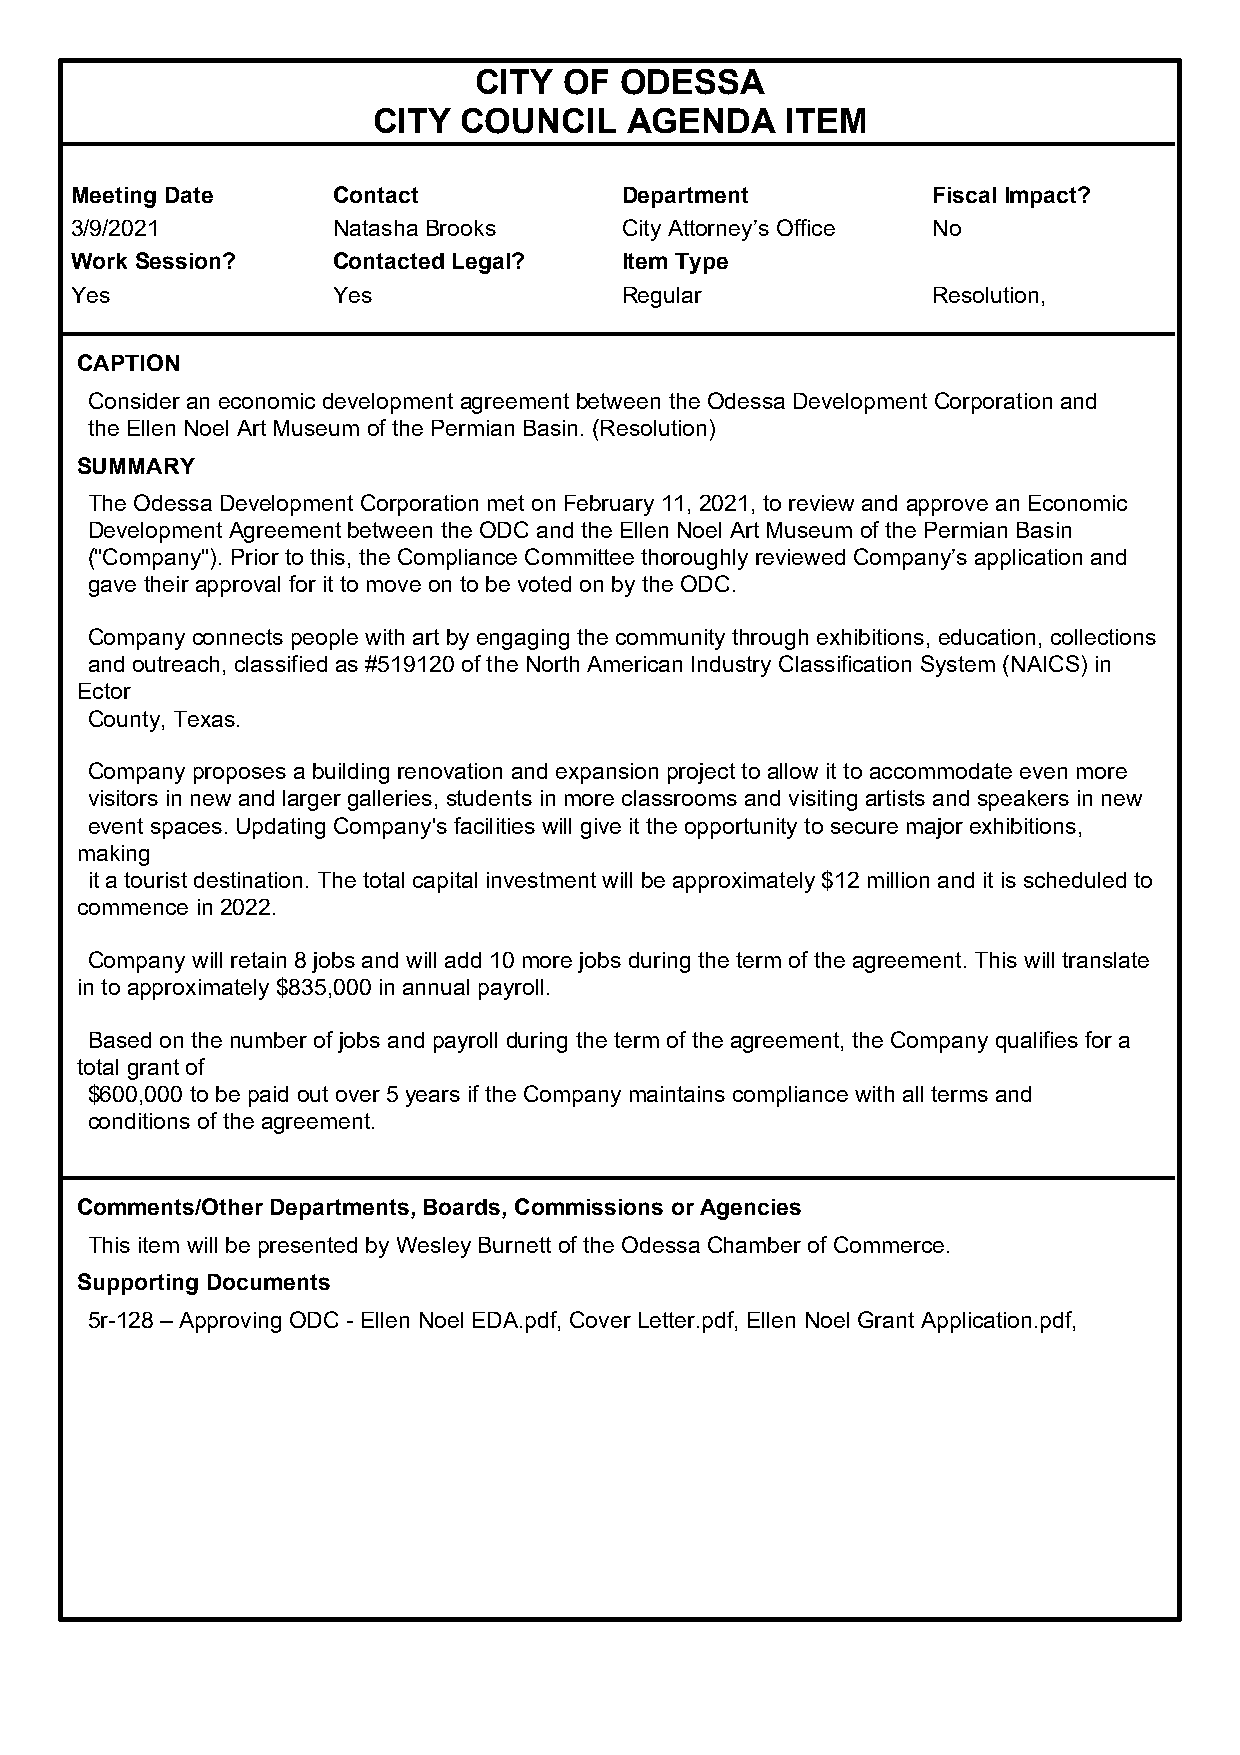
CITY  OF  ODESSA
 CITY COUNCIL    AGENDA     ITEM
 Meeting Date     Contact            Department           Fiscal Impact?
 3/9/2021         Natasha Brooks     City Attorney’s Office No
 Work Session?    Contacted Legal?   Item Type
 Yes              Yes                Regular              Resolution,
 CAPTION
 Consider an economic development agreement between the Odessa Development Corporation and
 the Ellen Noel Art Museum of the Permian Basin. (Resolution)
 SUMMARY
 The Odessa Development Corporation met on February 11, 2021, to review and approve an Economic
 Development Agreement between the ODC and the Ellen Noel Art Museum of the Permian Basin
 ("Company"). Prior to this, the Compliance Committee thoroughly reviewed Company’s application and
 gave their approval for it to move on to be voted on by the ODC.
 Company connects people with art by engaging the community through exhibitions, education, collections
 and outreach, classified as #519120 of the North American Industry Classification System (NAICS) in
 Ector
 County, Texas.
 Company proposes a building renovation and expansion project to allow it to accommodate even more
 visitors in new and larger galleries, students in more classrooms and visiting artists and speakers in new
 event spaces. Updating Company's facilities will give it the opportunity to secure major exhibitions,
 making
 it a tourist destination. The total capital investment will be approximately $12 million and it is scheduled to
 commence in 2022.
 Company will retain 8 jobs and will add 10 more jobs during the term of the agreement. This will translate
 in to approximately $835,000 in annual payroll.
 Based on the number of jobs and payroll during the term of the agreement, the Company qualifies for a
 total grant of
 $600,000 to be paid out over 5 years if the Company maintains compliance with all terms and
 conditions of the agreement.
 Comments/Other Departments, Boards, Commissions or Agencies
 This item will be presented by Wesley Burnett of the Odessa Chamber of Commerce.
 Supporting Documents
 5r-128 – Approving ODC - Ellen Noel EDA.pdf, Cover Letter.pdf, Ellen Noel Grant Application.pdf,